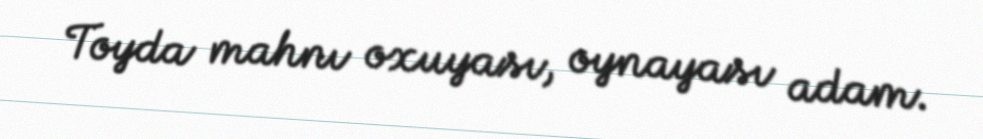
Toyda mahnı oxuyası, oynayası adam.